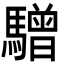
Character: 驓